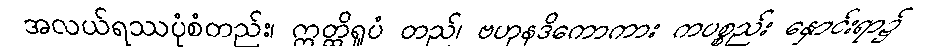
အလယ်ရဿပုံစံတည်း၊ ဣတ္ထိရူပံ တည်၊ ဗဟုနဒိကောကား ကပစ္စည်း နှောင်းရာ၌